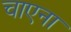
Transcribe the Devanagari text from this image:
चाएना